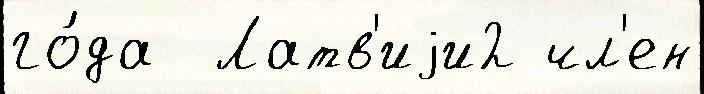
го́да  Латв'иjи2 чл'ен